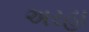
અરહા